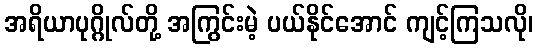
အရိယာပုဂ္ဂိုလ်တို့ အကြွင်းမဲ့ ပယ်နိုင်အောင် ကျင့်ကြသလို၊